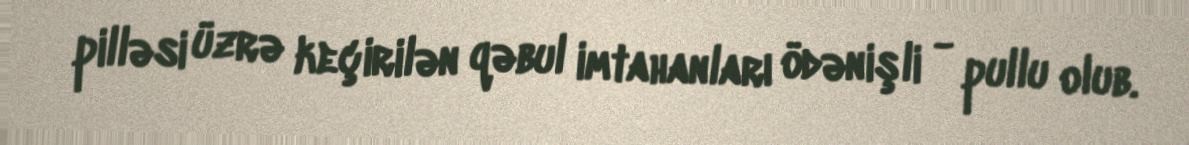
pilləsi üzrə keçirilən qəbul imtahanları ödənişli - pullu olub.